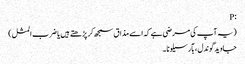
:P
(یہ آپ کی مرضی ہے کہ اسے مذاق سمجھ کر پڑھتے ہیں یا ضرب المثل)
جاوید گوندل ، بآرسیلونا ۔